Mental hospitals Bombay report 1929-33 - 1929-1933
Year: 1929
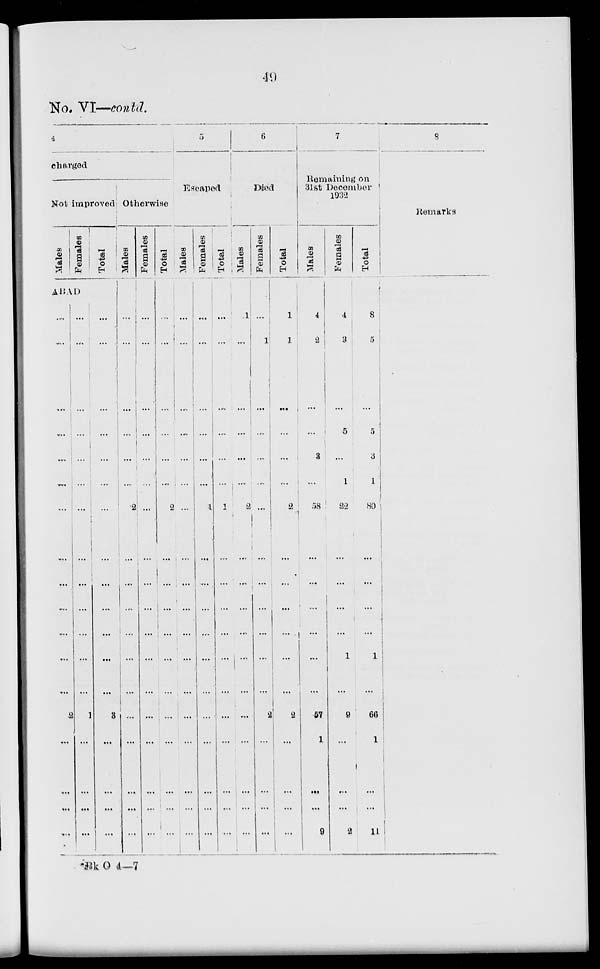
49
No. VI—contd.
4
charged
Not improved
Males
Females
Total
ABAD
...
...
...
...
...
...
...
...
...
...
...
...
2
...
...
...
...
...
...
...
...
...
...
...
...
...
...
...
...
1
...
...
...
...
...
...
...
...
...
...
...
...
...
...
...
...
3
...
...
...
...
Otherwise
Males
...
...
...
...
...
...
2
...
...
...
...
...
...
...
...
...
...
Females
...
...
...
...
...
...
...
...
...
...
...
...
...
...
...
...
...
Total
....
...
...
...
...
...
2
...
...
...
...
...
...
...
...
...
...
5
Escaped
Males
...
...
...
...
...
...
...
...
...
...
...
...
...
...
...
...
...
Females
...
...
...
...
...
...
1
...
...
...
...
...
...
...
...
...
...
Total
...
...
...
...
...
...
1
...
...
...
...
...
...
...
...
...
...
6
Died
Males
1
...
...
...
...
...
2
...
...
...
...
...
...
...
...
...
...
Females
...
1
...
...
...
....
...
...
...
...
...
...
2
...
...
...
...
Total
1
1
...
...
...
...
2
...
...
...
...
...
2
...
...
...
...
7
Remaining on
31st
December
1932
Males
4
2
...
...
3
...
58
...
...
...
...
...
57
1
...
...
9
Females
4
3
...
5
...
1
22
...
...
...
1
...
9
...
...
...
2
Total
8
5
...
5
3
1
80
...
...
...
1
...
66
1
...
...
11
8
Remarks
Bk O 4—7